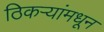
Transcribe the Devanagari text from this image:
ठिकऱ्यांमधून